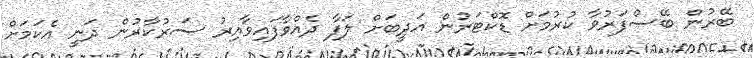
ބޭރުން ބޭސްފަރުވާ ކުރުމަށް ޑޮކްޓަރުން އަދީބަށް ލަފާ ދެއްވާފައިވާއިރު ސަރުކާރުން ދަނީ އެކަމަށް